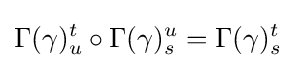
\Gamma (\gamma )_{u}^{t}\circ \Gamma (\gamma )_{s}^{u}=\Gamma (\gamma )_{s}^{t}